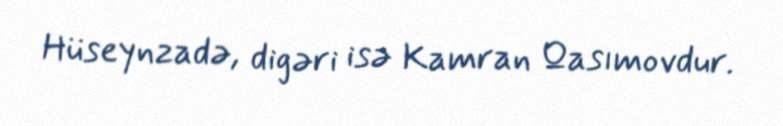
Hüseynzadə, digəri isə Kamran Qasımovdur.